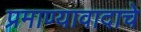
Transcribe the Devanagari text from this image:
प्रमाण्यावादाचे